Civil Veterinary Department. Madras. Admin. report 1926-33 - 1926-1933
Year: 1926
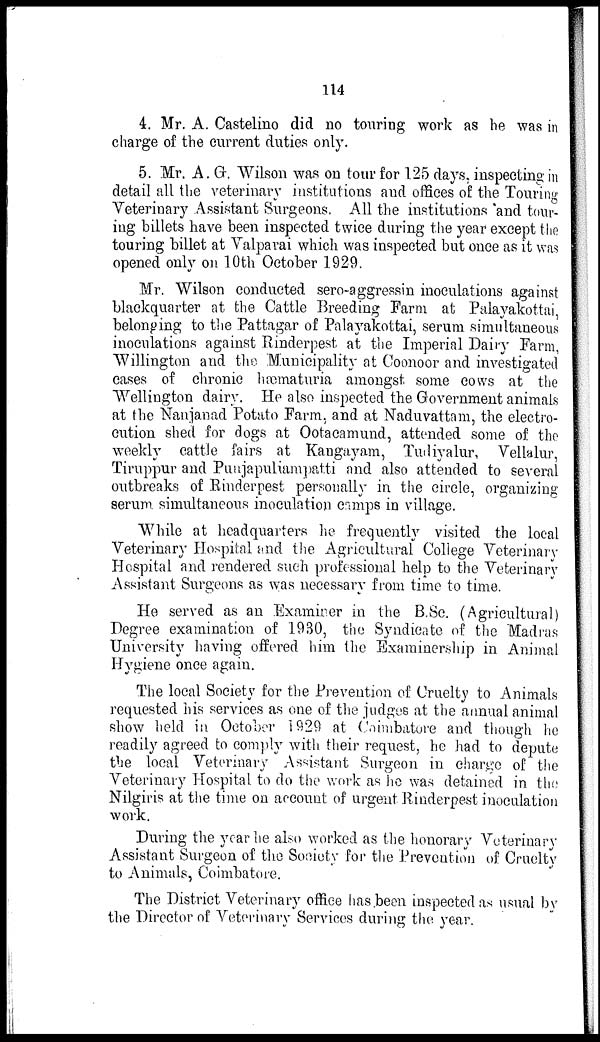
114
4. Mr. A. Castelino did no touring work as he was in
charge of the current duties only.
5. Mr. A. G. Wilson was on tour for 125 days, inspecting in
detail all the veterinary institutions and offices of the Touring
Veterinary Assistant Surgeons. All the institutions and tour-
ing billets have been inspected twice during the year except the
touring billet at Valparai which was inspected but once as it was
opened only on 10th October 1929.
Mr. Wilson conducted sero-aggressin inoculations against
blackquarter at the Cattle Breeding Farm at Palayakottai,
belonging to the Pattagar of Palayakottai, serum simultaneous
inoculations against Rinderpest at the Imperial Dairy Farm,
Willington and the Municipality at Coonoor and investigated
cases of chronic hæmaturia amongst some cows at the
Wellington dairy. He also inspected the Government animals
at the Nanjanad Potato Farm, and at Naduvattam, the electro-
cution shed for dogs at Ootacamund, attended some of the
weekly cattle fairs at Kangayam, Tudiyalur, Vellalur,
Tiruppur and Punjapuliampatti and also attended to several
outbreaks of Rinderpest personally in the circle, organizing
serum simultaneous inoculation camps in village.
While at headquarters he frequently visited the local
Veterinary Hospital and the Agricultural College Veterinary
Hospital and rendered such professional help to the Veterinary
Assistant Surgeons as was necessary from time to time.
He served as an Examiner in the B.Sc. (Agricultural)
Degree examination of 1930, the Syndicate of the Madras
University having offered him the Examinership in Animal
Hygiene once again.
The local Society for the Prevention of Cruelty to Animals
requested his services as one of the judges at the annual animal
show held in October 1929 at Coimbatore and though he
readily agreed to comply with their request, he had to depute
the local Veterinary Assistant Surgeon in charge of the
Veterinary Hospital to do the work as he was detained in the
Nilgiris at the time on account of urgent Rinderpest inoculation
work.
During the year he also worked as the honorary Veterinary
Assistant Surgeon of the Society for the Prevention of Cruelty
to Animals, Coimbatore.
The District Veterinary office has been inspected as usual by
the Director of Veterinary Services during the year.